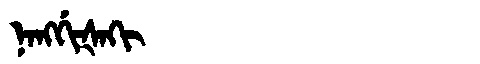
Manchu: ᠨᠠᠩᡤᡳᡧᠠᡴᡳ
Romanization: NANGGIŠAKI